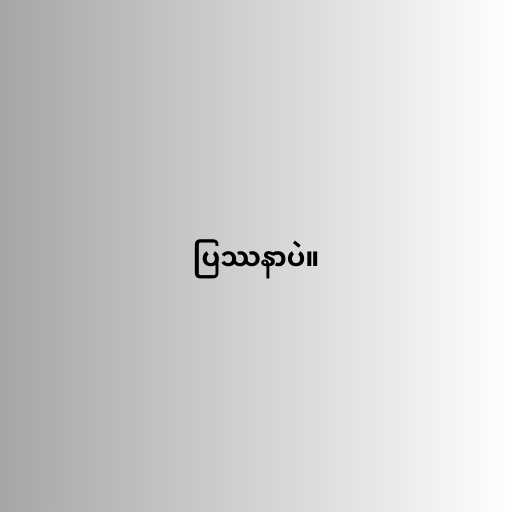
ပြဿနာပဲ။